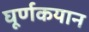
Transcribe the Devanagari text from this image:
घूर्णकयान